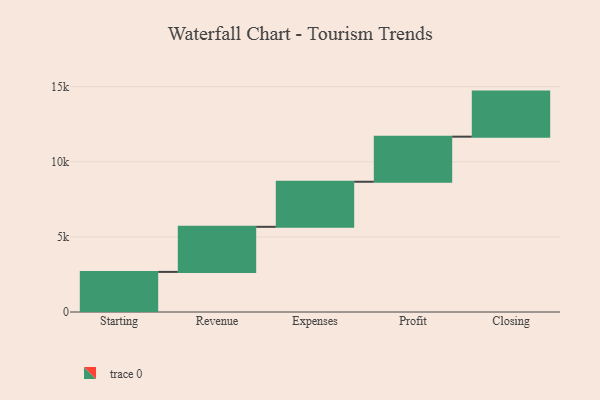
{"axis": {"x": "Step", "y": "Value"}, "legend": [""], "data": [{"x": "Starting", "y": 2669.0, "type": ""}, {"x": "Revenue", "y": 3000, "type": ""}, {"x": "Expenses", "y": 3000, "type": ""}, {"x": "Profit", "y": 3000, "type": ""}, {"x": "Closing", "y": 3000, "type": ""}]}